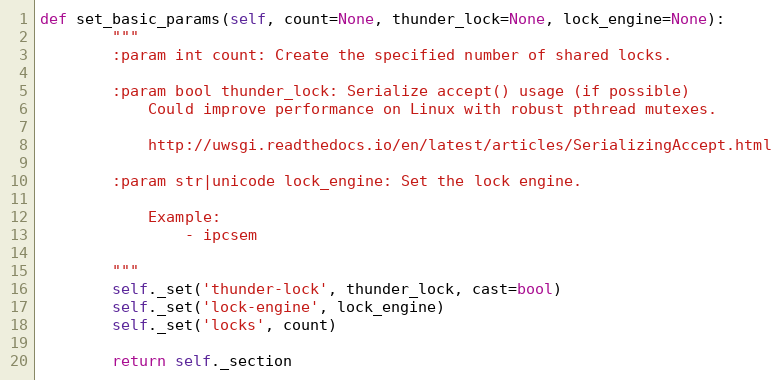
Language: Python
def set_basic_params(self, count=None, thunder_lock=None, lock_engine=None):
        """
        :param int count: Create the specified number of shared locks.

        :param bool thunder_lock: Serialize accept() usage (if possible)
            Could improve performance on Linux with robust pthread mutexes.

            http://uwsgi.readthedocs.io/en/latest/articles/SerializingAccept.html

        :param str|unicode lock_engine: Set the lock engine.

            Example:
                - ipcsem

        """
        self._set('thunder-lock', thunder_lock, cast=bool)
        self._set('lock-engine', lock_engine)
        self._set('locks', count)

        return self._section